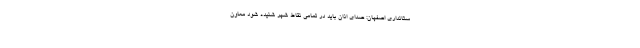
ستانداری اصفهان: صدای اذان باید در تمامی نقاط شهر شنیده شود معاون